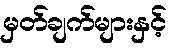
မှတ်ချက်များနှင့်